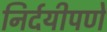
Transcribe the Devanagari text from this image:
निर्दयीपणे